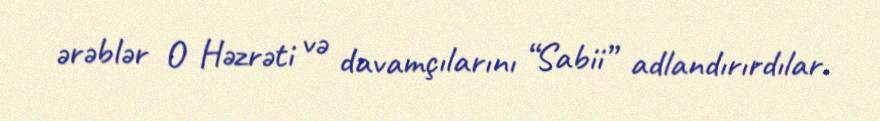
ərəblər O Həzrəti və davamçılarını “Sabii” adlandırırdılar.